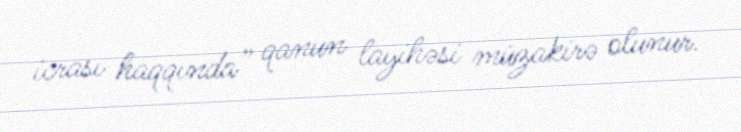
icrası haqqında” qanun layihəsi müzakirə olunur.